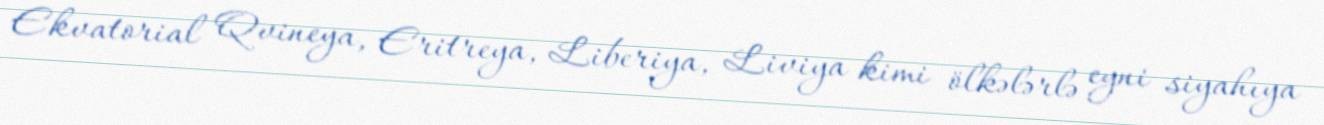
Ekvatorial Qvineya, Eritreya, Liberiya, Liviya kimi ölkələrlə eyni siyahıya